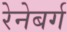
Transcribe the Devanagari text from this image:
रेनेबर्ग